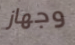
وجهاز